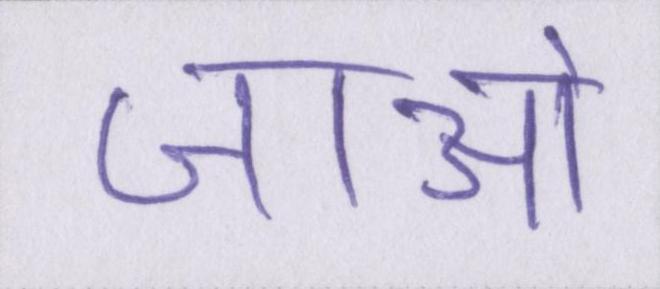
जाओ